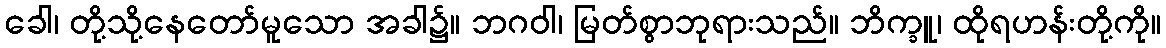
ခေါ၊ တို့သို့နေတော်မူသော အခါ၌။ ဘဂဝါ၊ မြတ်စွာဘုရားသည်။ ဘိက္ခူ၊ ထိုရဟန်းတို့ကို။